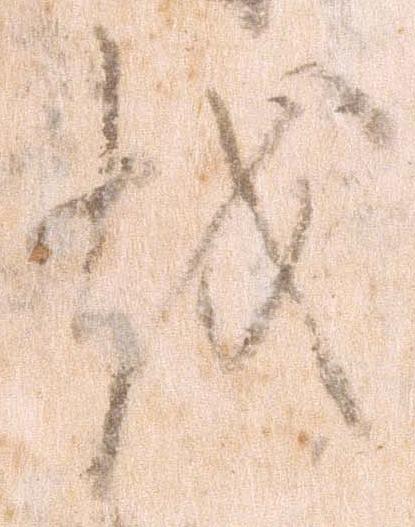
越